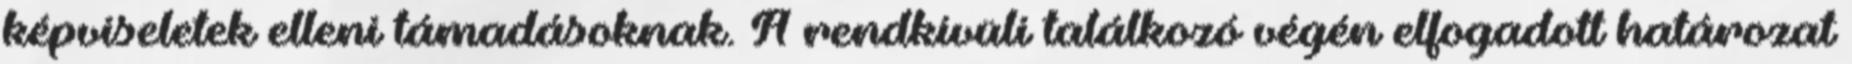
képviseletek elleni támadásoknak. A rendkívüli találkozó végén elfogadott határozat